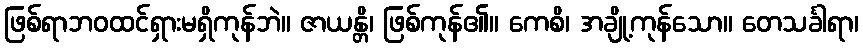
ဖြစ်ရာဘဝထင်ရှားမရှိကုန်ဘဲ။ ဇာယန္တိ၊ ဖြစ်ကုန်၏။ ကေစိ၊ အချို့ကုန်သော။ တေသင်္ခါရာ၊